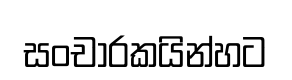
සංචාරකයින්හට